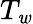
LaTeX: T_{\mathit{w}}